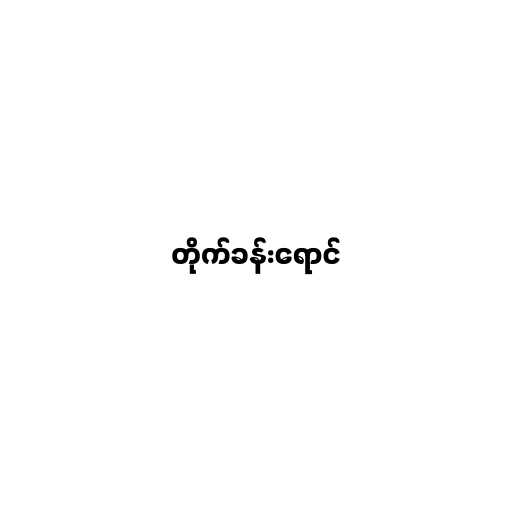
တိုက်ခန်းရောင်